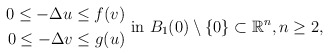
\begin{align*}\begin{aligned} 0\leq -\Delta u\leq f(v) \\ 0\leq -\Delta v\leq g(u)\end{aligned} \mbox{ in }B_1(0)\setminus\{0\}\subset \mathbb{R}^n, n\geq 2,\end{align*}